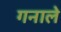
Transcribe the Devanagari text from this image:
गनाले